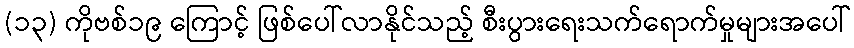
(၁၃) ကိုဗစ်၁၉ ကြောင့် ဖြစ်ပေါ်လာနိုင်သည့် စီးပွားရေးသက်ရောက်မှုများအပေါ်